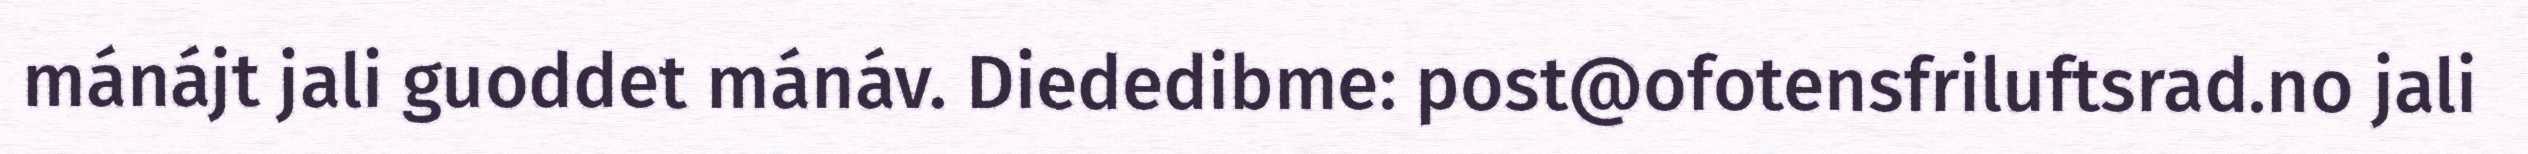
mánájt jali guoddet mánáv. Diededibme: post@ofotensfriluftsrad.no jali